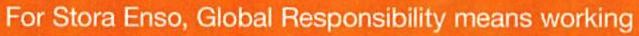
For Stora Enso, Global Responsibility means working